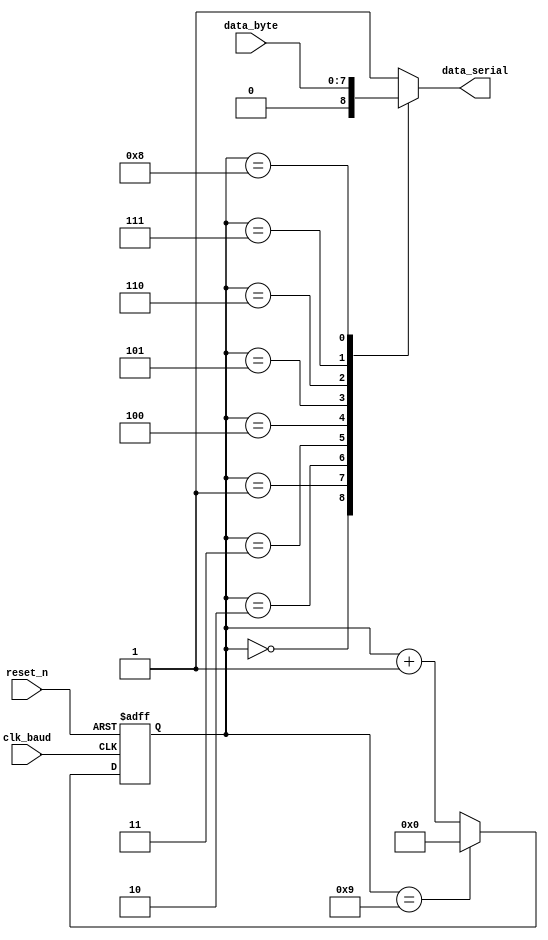
/************************************************************
* Filename  "piso_sr_8.v"
* Author yang jiangtao
* Description 8-bits parallel input serial output
* Called by "uart_tx.v"
* Revision History 2020.10.8-16:25
* Revision 1.0
* Email  
* Company  
* Copyright(c) 2019, xxxx Technology Inc, All right reserved
***************************************************************/

`timescale 1ns/1ns
module piso_8(
	clk_baud,
	reset_n,
	data_byte,
	data_serial);
    
	//step-1: IO ports
	//input ports
	input clk_baud;
	input reset_n;
	input [7:0] data_byte;
	//output ports
	output data_serial;
	//reg or wire
	reg reg_serial;
	reg [3:0] count;
	
	//step-2: logic
	//2-1: counter_10
	always @ (posedge clk_baud or negedge reset_n) begin
		if(!reset_n)
			count <= 4'd0;
        else if(count==4'd9)
            count <= 4'd0;
        else 
            count <= count + 1'b1;
	end
	//2-2: shift register
	always @ (*) begin
		case(count)
            4'd0: reg_serial <= 1'b0; //start bit
            4'd1: reg_serial <= data_byte[7];
            4'd2: reg_serial <= data_byte[6];
            4'd3: reg_serial <= data_byte[5];
            4'd4: reg_serial <= data_byte[4];
            4'd5: reg_serial <= data_byte[3];
            4'd6: reg_serial <= data_byte[2];
            4'd7: reg_serial <= data_byte[1];
            4'd8: reg_serial <= data_byte[0];
            4'd9: reg_serial <= 1'b1; //stop bit
            default: reg_serial <= 1'b1;
        endcase
	end
	
	//step-3: output
	assign data_serial = reg_serial;
endmodule